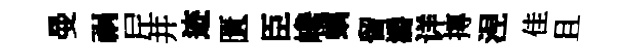
曼祸𡰱井迹匱臣巉螭留灂详摶𣵀佳且